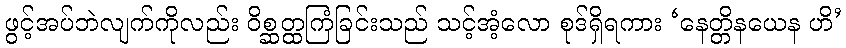
ဖွင့်အပ်ဘဲလျက်ကိုလည်း ဝိစ္ဆတ္ထကြံခြင်းသည် သင့်အံ့လော စုဒ်ရှိရကား ‘နေတ္တိနယေန ဟိ’